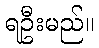
ရဦးမည်။